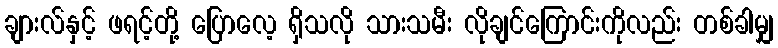
ချားလ်နှင့် ဖရင့်တို့ ပြောလေ့ ရှိသလို သားသမီး လိုချင်ကြောင်းကိုလည်း တစ်ခါမျှ